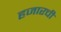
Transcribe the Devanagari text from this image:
हजारची